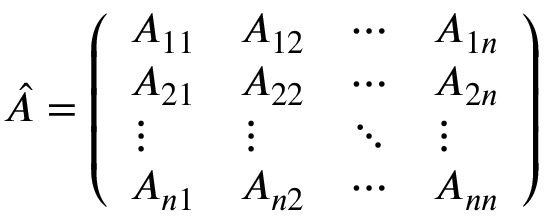
{ \hat { A } } = { \left( \begin{array} { l l l l } { A _ { 1 1 } } & { A _ { 1 2 } } & { \cdots } & { A _ { 1 n } } \\ { A _ { 2 1 } } & { A _ { 2 2 } } & { \cdots } & { A _ { 2 n } } \\ { \vdots } & { \vdots } & { \ddots } & { \vdots } \\ { A _ { n 1 } } & { A _ { n 2 } } & { \cdots } & { A _ { n n } } \end{array} \right) }